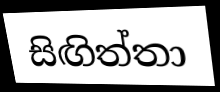
සිඟිත්තා